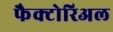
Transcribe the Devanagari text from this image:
फैक्टोरिअल